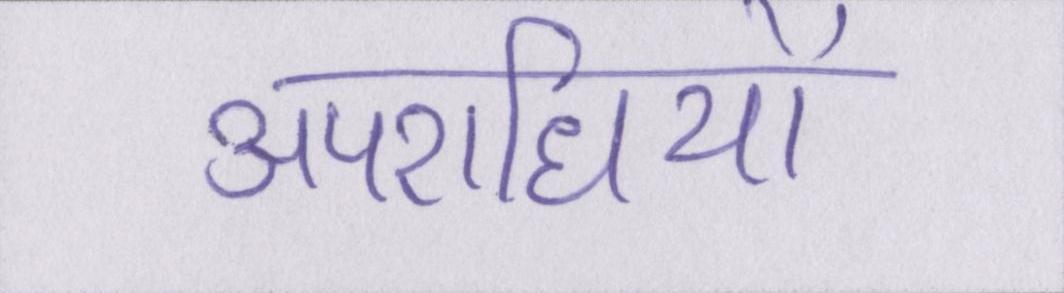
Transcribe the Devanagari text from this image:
अपराधियों